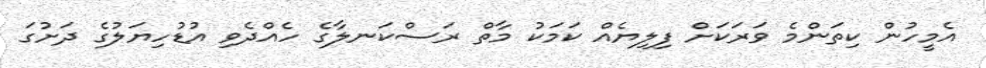
އެމީހުން ކިތަންމެ ވަރަކަށް ފިލިޔެއް ކަމަކު މާތް ރަސްކަނލާގެ ހެއްދެވި އުޑުހިޔަލުގެ ދަށުގަ